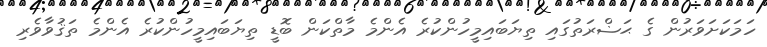
ހަމަކަށަވަރުން ގެ ޙަޟްރަތުގައި ތިޔަބައިމީހުންކުރެ އެންމެ މާތްކަން ބޮޑީ ތިޔަބައިމީހުންކުރެ އެންމެ ތަޤުވާވެރި